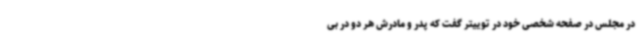
در مجلس در صفحه شخصی خود در توییتر گفت که پدر و مادرش هر دو در بی